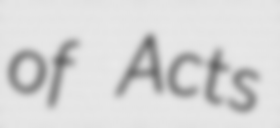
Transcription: of Acts